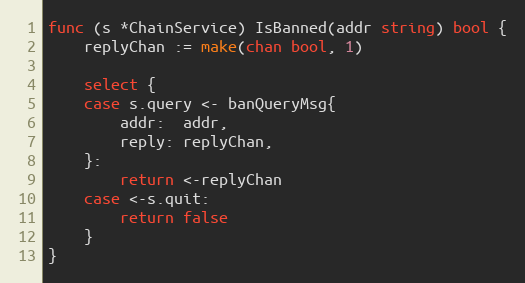
Language: Go
func (s *ChainService) IsBanned(addr string) bool {
	replyChan := make(chan bool, 1)

	select {
	case s.query <- banQueryMsg{
		addr:  addr,
		reply: replyChan,
	}:
		return <-replyChan
	case <-s.quit:
		return false
	}
}